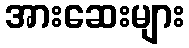
အားဆေးများ